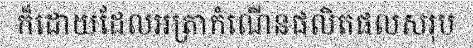
ក៏ដោយដែលអត្រាកំណើនផលិតផលសរុប